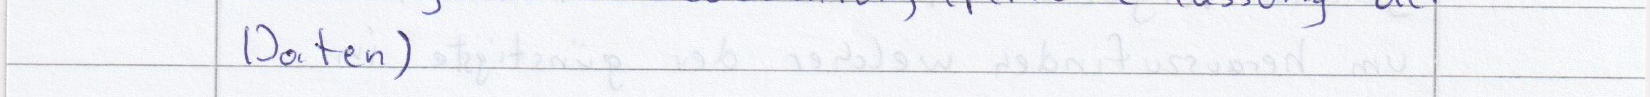
Daten)